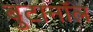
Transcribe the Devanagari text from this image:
बुटानॉल